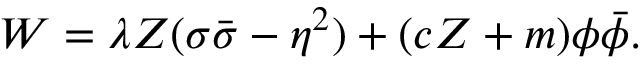
W = \lambda { Z } ( \sigma \bar { \sigma } - \eta ^ { 2 } ) + ( c Z + m ) \phi \bar { \phi } .